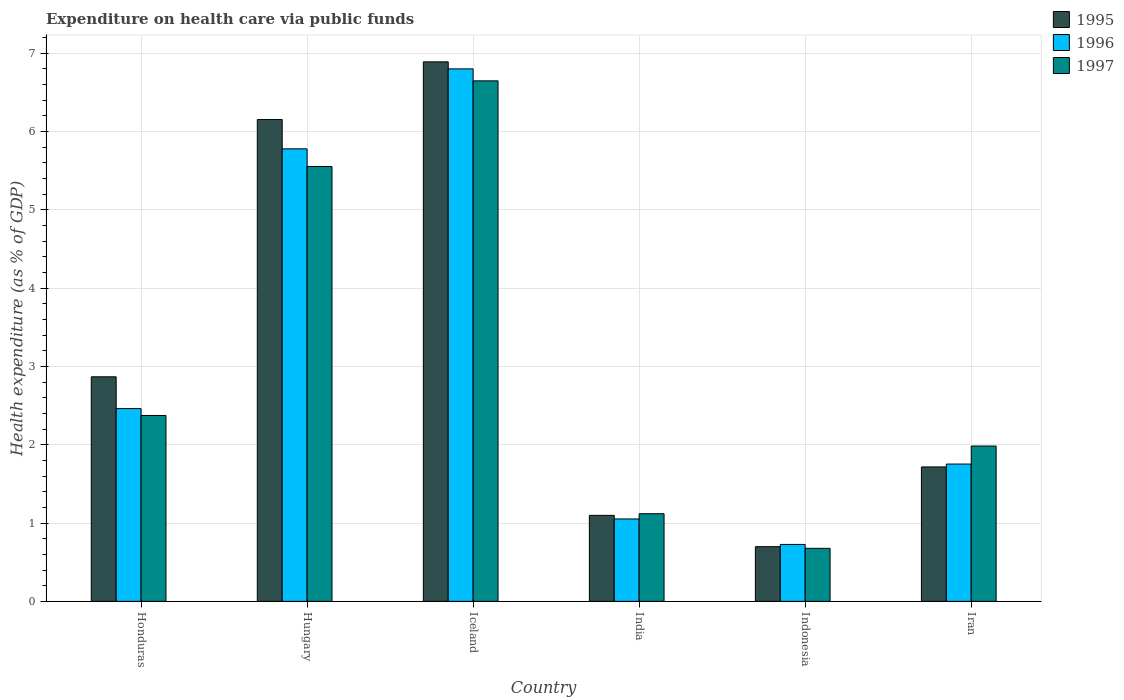
| Country | 1995 | 1996 | 1997 |
 | --- | --- | --- | --- |
 | Honduras | 2.87 | 2.46 | 2.37 |
 | Hungary | 6.15 | 5.78 | 5.55 |
 | Iceland | 6.89 | 6.8 | 6.64 |
 | India | 1.1 | 1.05 | 1.12 |
 | Indonesia | 0.698 | 0.727 | 0.677 |
 | Iran | 1.72 | 1.75 | 1.98 |